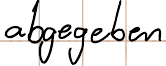
abgegeben